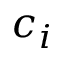
c _ { i }